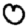
Digit: 0